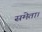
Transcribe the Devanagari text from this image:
समेता।